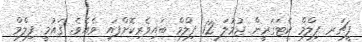
ފީޗަރ ފިލްމް ކެޓަގަރީން ޖުމުލަ 12 ފިލްމް ބައިވެރިކޮށްފައި ވެއެވެ. ޤައުމީ ފިލްމް